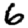
Digit: 6